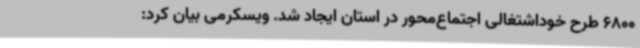
6800 طرح خوداشتغالی اجتماع‌محور در استان ایجاد شد. ویسکرمی بیان کرد: